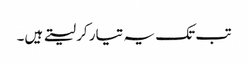
تب تک یہ تیار کر لیتے ہیں۔